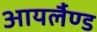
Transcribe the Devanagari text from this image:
आयर्लैण्ड